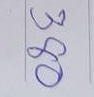
380